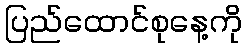
ပြည်ထောင်စုနေ့ကို